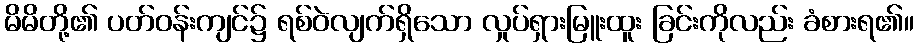
မိမိတို့၏ ပတ်ဝန်းကျင်၌ ရစ်ဝဲလျက်ရှိသော လှုပ်ရှားမြူးထူး ခြင်းကိုလည်း ခံစားရ၏။